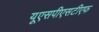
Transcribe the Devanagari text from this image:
यूएसपीएसटीएफ